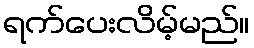
ရက်ပေးလိမ့်မည်။